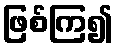
ဖြစ်ကြ၍